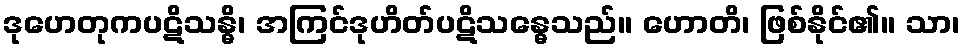
ဒုဟေတုကပဋိသန္ဓိ၊ အကြင်ဒုဟိတ်ပဋိသန္ဓေသည်။ ဟောတိ၊ ဖြစ်နိုင်၏။ သာ၊